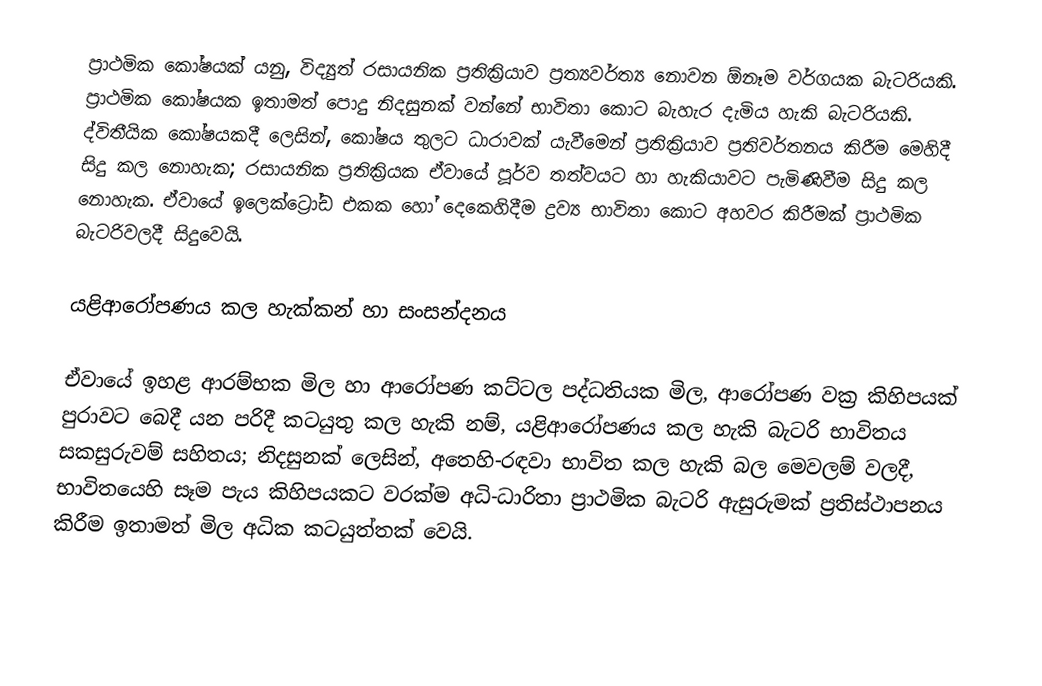
ප්‍රාථමික කෝෂයක් යනු,  විද්‍යුත් රසායනික ප්‍රතික්‍රියාව ප්‍රත්‍යවර්ත්‍ය නොවන ඕනෑම වර්ගයක  බැටරියකි. ප්‍රාථමික කෝෂයක ඉතාමත් පොදු නිදසුනක් වන්නේ භාවිතා කොට බැහැර දැමිය හැකි බැටරියකි. ද්විතීයික කෝෂයකදී ලෙසින්, කෝෂය තුලට ධාරාවක් යැවීමෙන් ප්‍රතික්‍රියාව ප්‍රතිවර්තනය කිරීම මෙහිදී සිදු කල නොහැක; රසායනික ප්‍රතික්‍රියක ඒවායේ පූර්ව තත්වයට හා හැකියාවට පැමිණිවීම සිදු කල නොහැක. ඒවා‍යේ ඉලෙක්ට්‍රෝඩ එකක හෝ දෙකෙහිදීම ද්‍රව්‍ය භාවිතා කොට අහවර කිරීමක් ප්‍රාථමික බැටරිවලදී සිදුවෙයි.

යළිආරෝපණය කල හැක්කන් හා සංසන්දනය

ඒවායේ ඉහළ ආරම්භක මිල හා ආරෝපණ කට්ටල පද්ධතියක මිල, ආරෝපණ වක්‍ර කිහිපයක් පුරාවට බෙදී යන පරිදී කටයුතු කල හැකි නම්,  යළිආරෝපණය කල හැකි බැටරි භාවිතය සකසුරුවම් සහිතය; නිදසුනක් ලෙසින්, අතෙහි-රඳවා භාවිත කල හැකි බල මෙවලම් වලදී, භාවිතයෙහි සෑම පැය කිහිපයකට වරක්ම අධි-ධාරිතා ප්‍රාථමික බැටරි ඇසුරුමක් ප්‍රතිස්ථාපනය කිරීම ඉතාමත් මිල අධික කටයුත්තක් වෙයි.